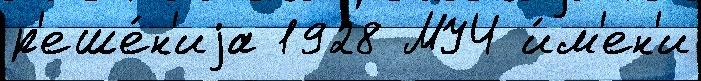
р'еше́н'иjа 1928 МУЧ и́м'ен'и